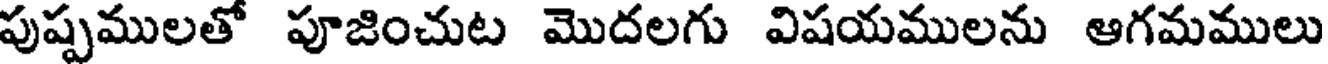
పుష్పములతో పూజించుట మొదలగు విషయములను ఆగమములు